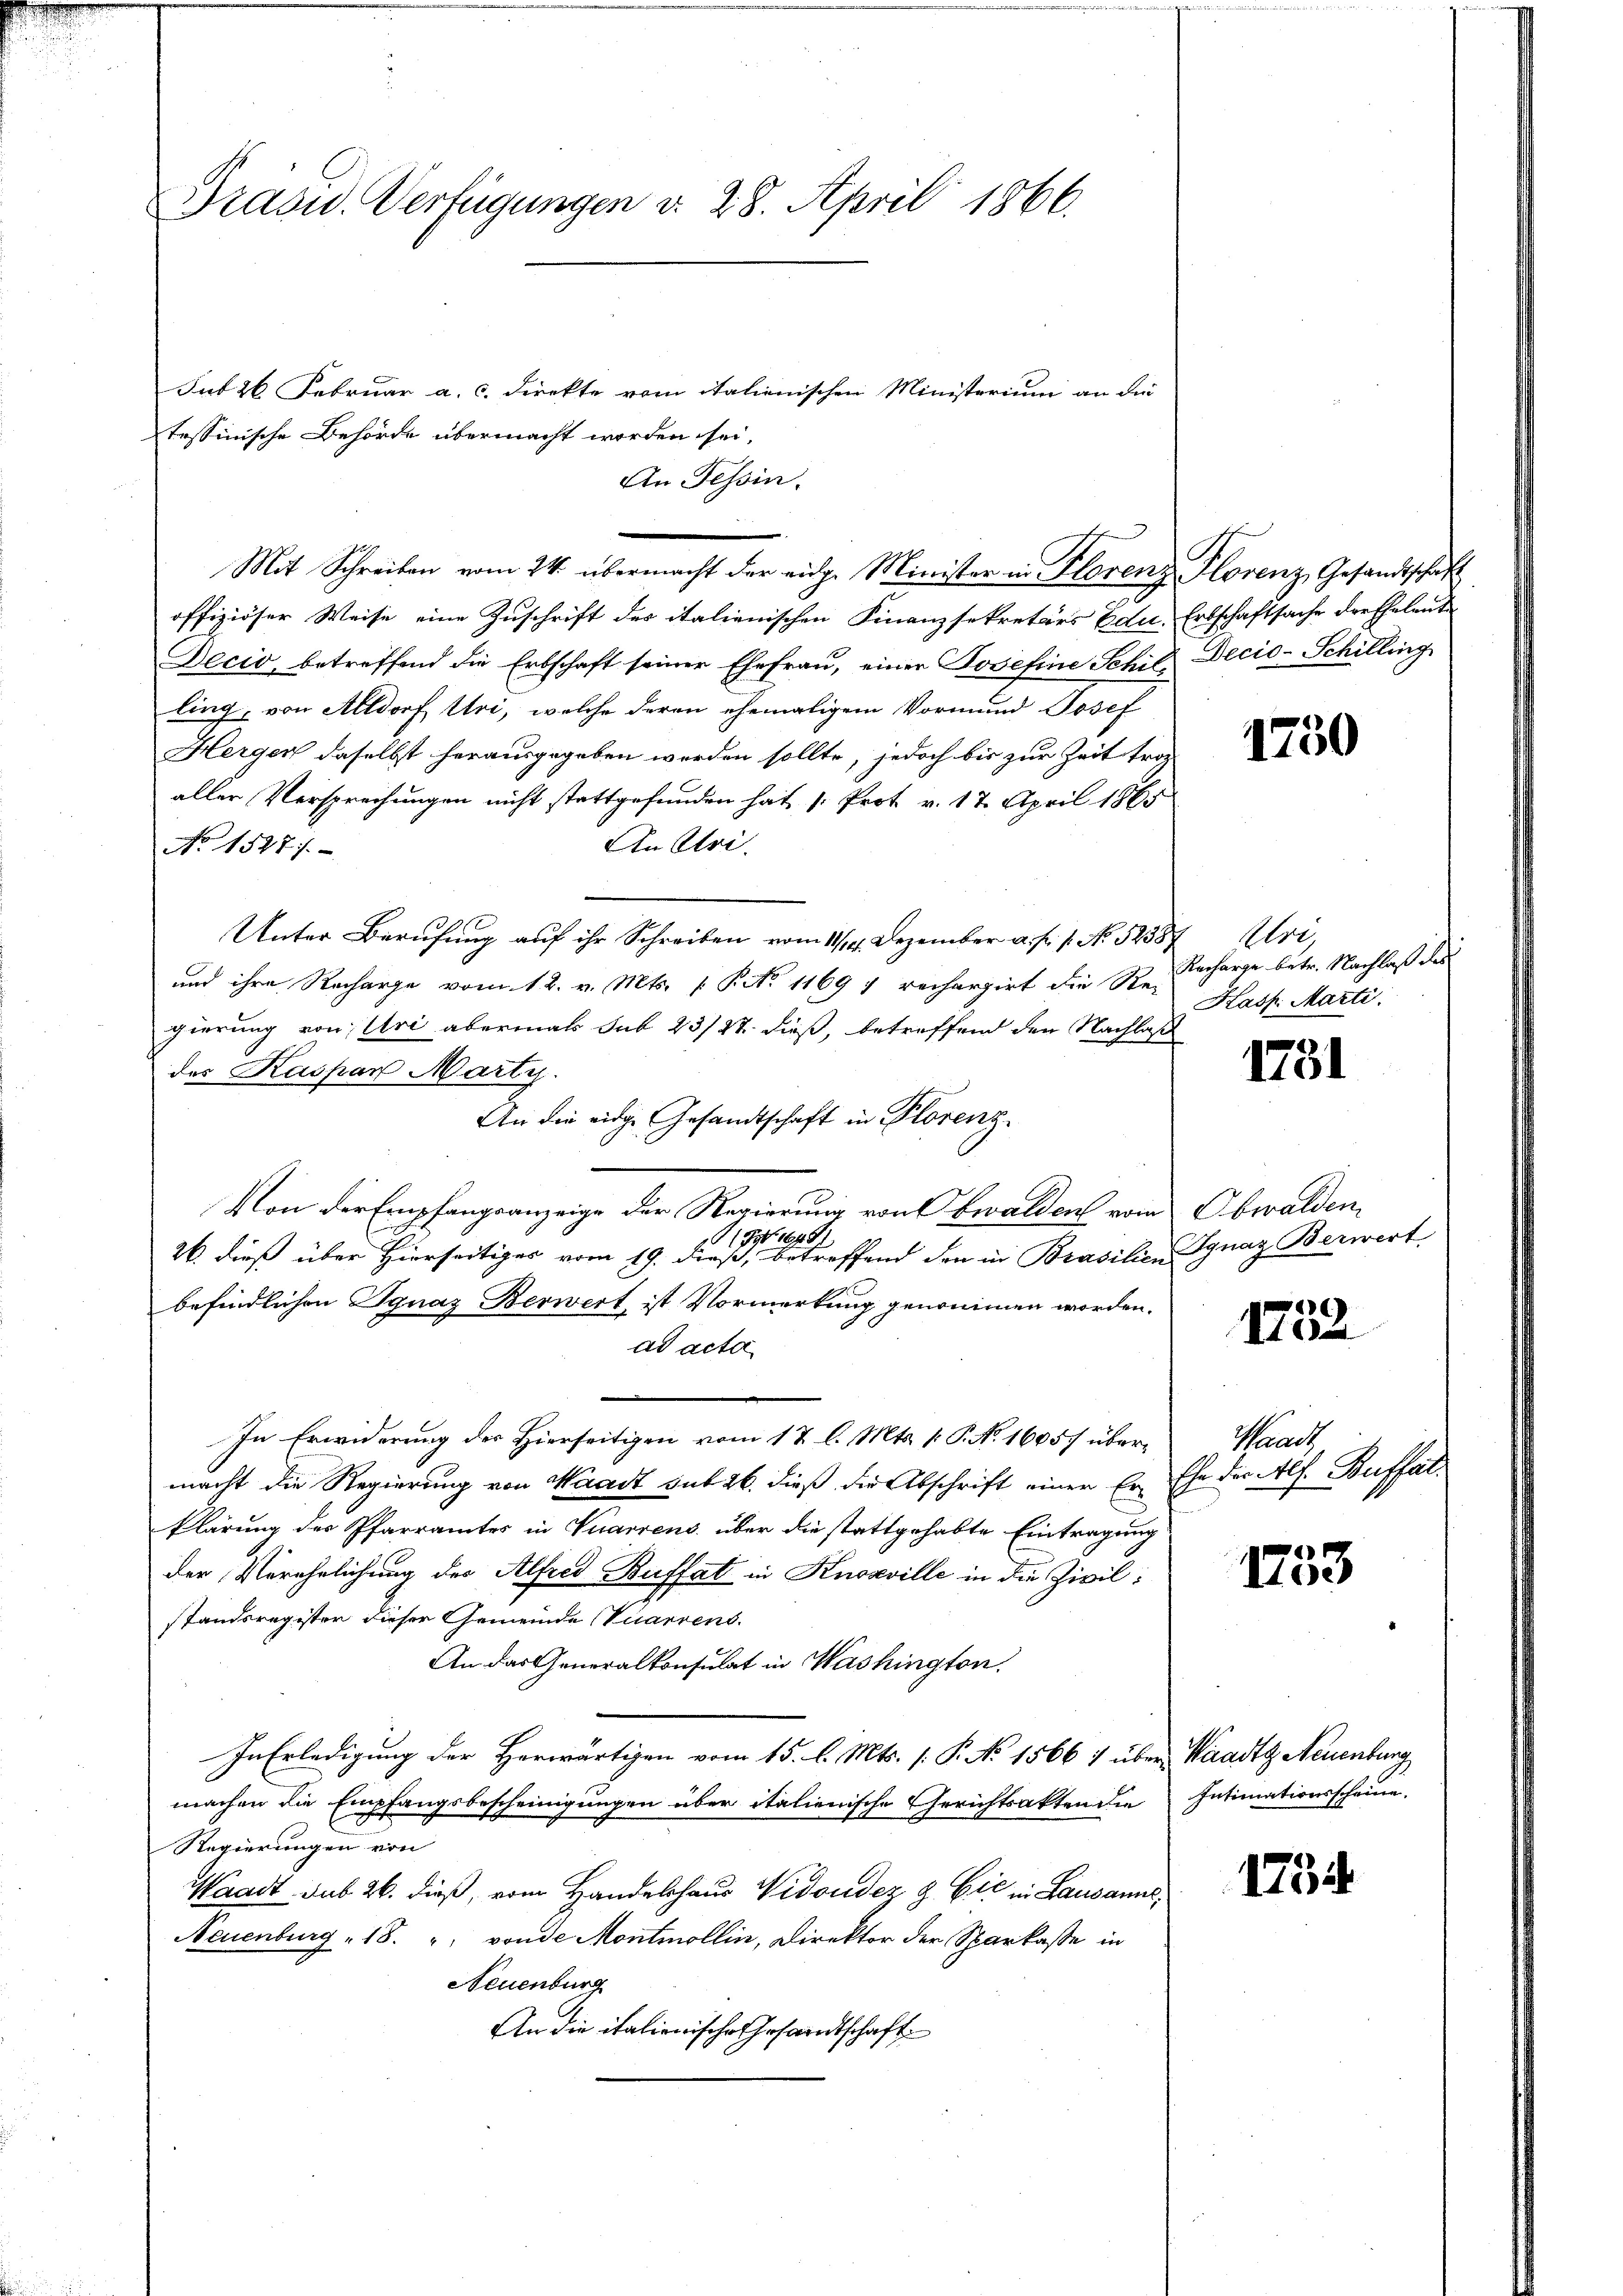
Grasu. Verfügungen d. 28. April 1866.

Int 26 Februar a. c. Direkte vom italienischen Ministerium an die
tessinische Behörde übermacht worden sei.
An Tessin.
Mit Schreiben vom 24. übermacht der eidg. Minister in Florenz
offiziöser Weise eine Zuschrift des italienischen Finanzsekretärs Edu¬
Decio, betreffend die Erbschaft seiner Ehefrau, einer Josefine Schilling, von Altdorf Uri, welche deren ehemaligem Vormund Josef
Herger daselbst herausgegeben werden sollte, jedoch bis zur Zeit froh
aller Versprechungen nicht stattgefunden hat, (: Prot. v. 17. April 1865
An Asi
No 1527).
Unter Berufung auf ihr Schreiben vom 11/14. Dezember a. f. 1. No. 5238
und ihre Recharge vom 12. v. Mts. f. P. No 1169, recherzirt die Re-
gierung von Uri abermals sub 23/27. dieß, betreffend den Nachlaß
des Kaspar Marty.
An die eidge Gesandtschaft in Plorenz
Von der Empfangsanzeige der Regierung von Obwalden vom
11 1491
26. dieß über Hierseitiges vom 19. dieß, betreffend den in Brasilie Ignaz Berwert
befindlichen Ignaz Berwert, ist Vormerkung genommen worden.
ad acta
In Erwiderung des Hierseitigen vom 17 l. Mts. 1. P. No. 16057 übermacht die Regierung von Waadt sub 26. dieß die Abschrift einer Erklärung des Pfarramtes in Vuarrens über die stattgehabte Eintragung
der Verehelichung des Alfred Buffat in Knosville in die Zivil:
standsregister dieser Gemeinde Vuarrens.
An das Generalkonsulat in Washington
In Erledigung der Herwärtigen vom 15. l. Mts. (: P. No 1566 1 über Waadt, Neuenburg
machen die Empfangsbescheinigungen über italienische Gerichtsakten die
Regierungen von
Waadt sub 26. dieß, vom Handelshaus Vidoudez & Cie in Lausanne,
Neuenburg 18. " von de Montmollin, Direktor der Sparkasse in
Neuenburg
An die italienische Gesandtschaft

Florenz, Gesandtschaft
Erbschaftsache der Eheleute
Decis-Schilling

1730

Alre
Recharge betr. Nachlaß des
Kasp. Marti.

1781

Obwalden

1752

Prach
Ehe der Alf. Buffal¬

1753

Intimationsscheine.

1734